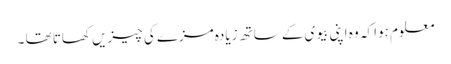
معلوم ہوا کہ وہ اپنی بیوی کے ساتھ زیادہ مزے کی چیزیں کھاتا تھا ۔